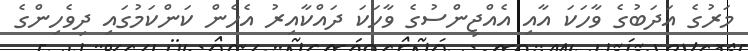
މަރުގެ އަދަބުގެ ވާހަކަ އާއި އެއްޖިންސުގެ ވާހަކަ ދައްކާއިރު އެހެން ކަންކަމުގައި ދިވެހިންގެ